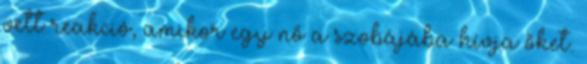
vett reakció, amikor egy nő a szobájába hívja őket.